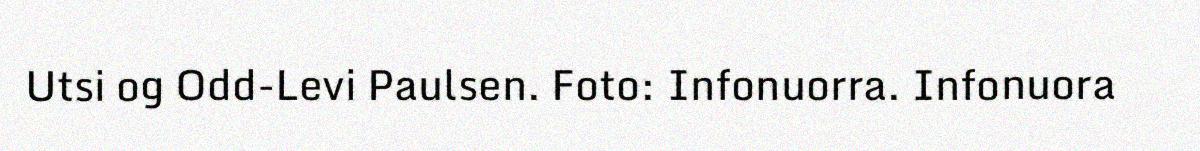
Utsi og Odd-Levi Paulsen. Foto: Infonuorra. Infonuora